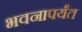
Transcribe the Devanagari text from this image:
भवनापर्यंत